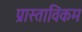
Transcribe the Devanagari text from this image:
प्रास्ताविकम